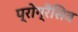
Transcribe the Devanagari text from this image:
प्रोग्रैसिव